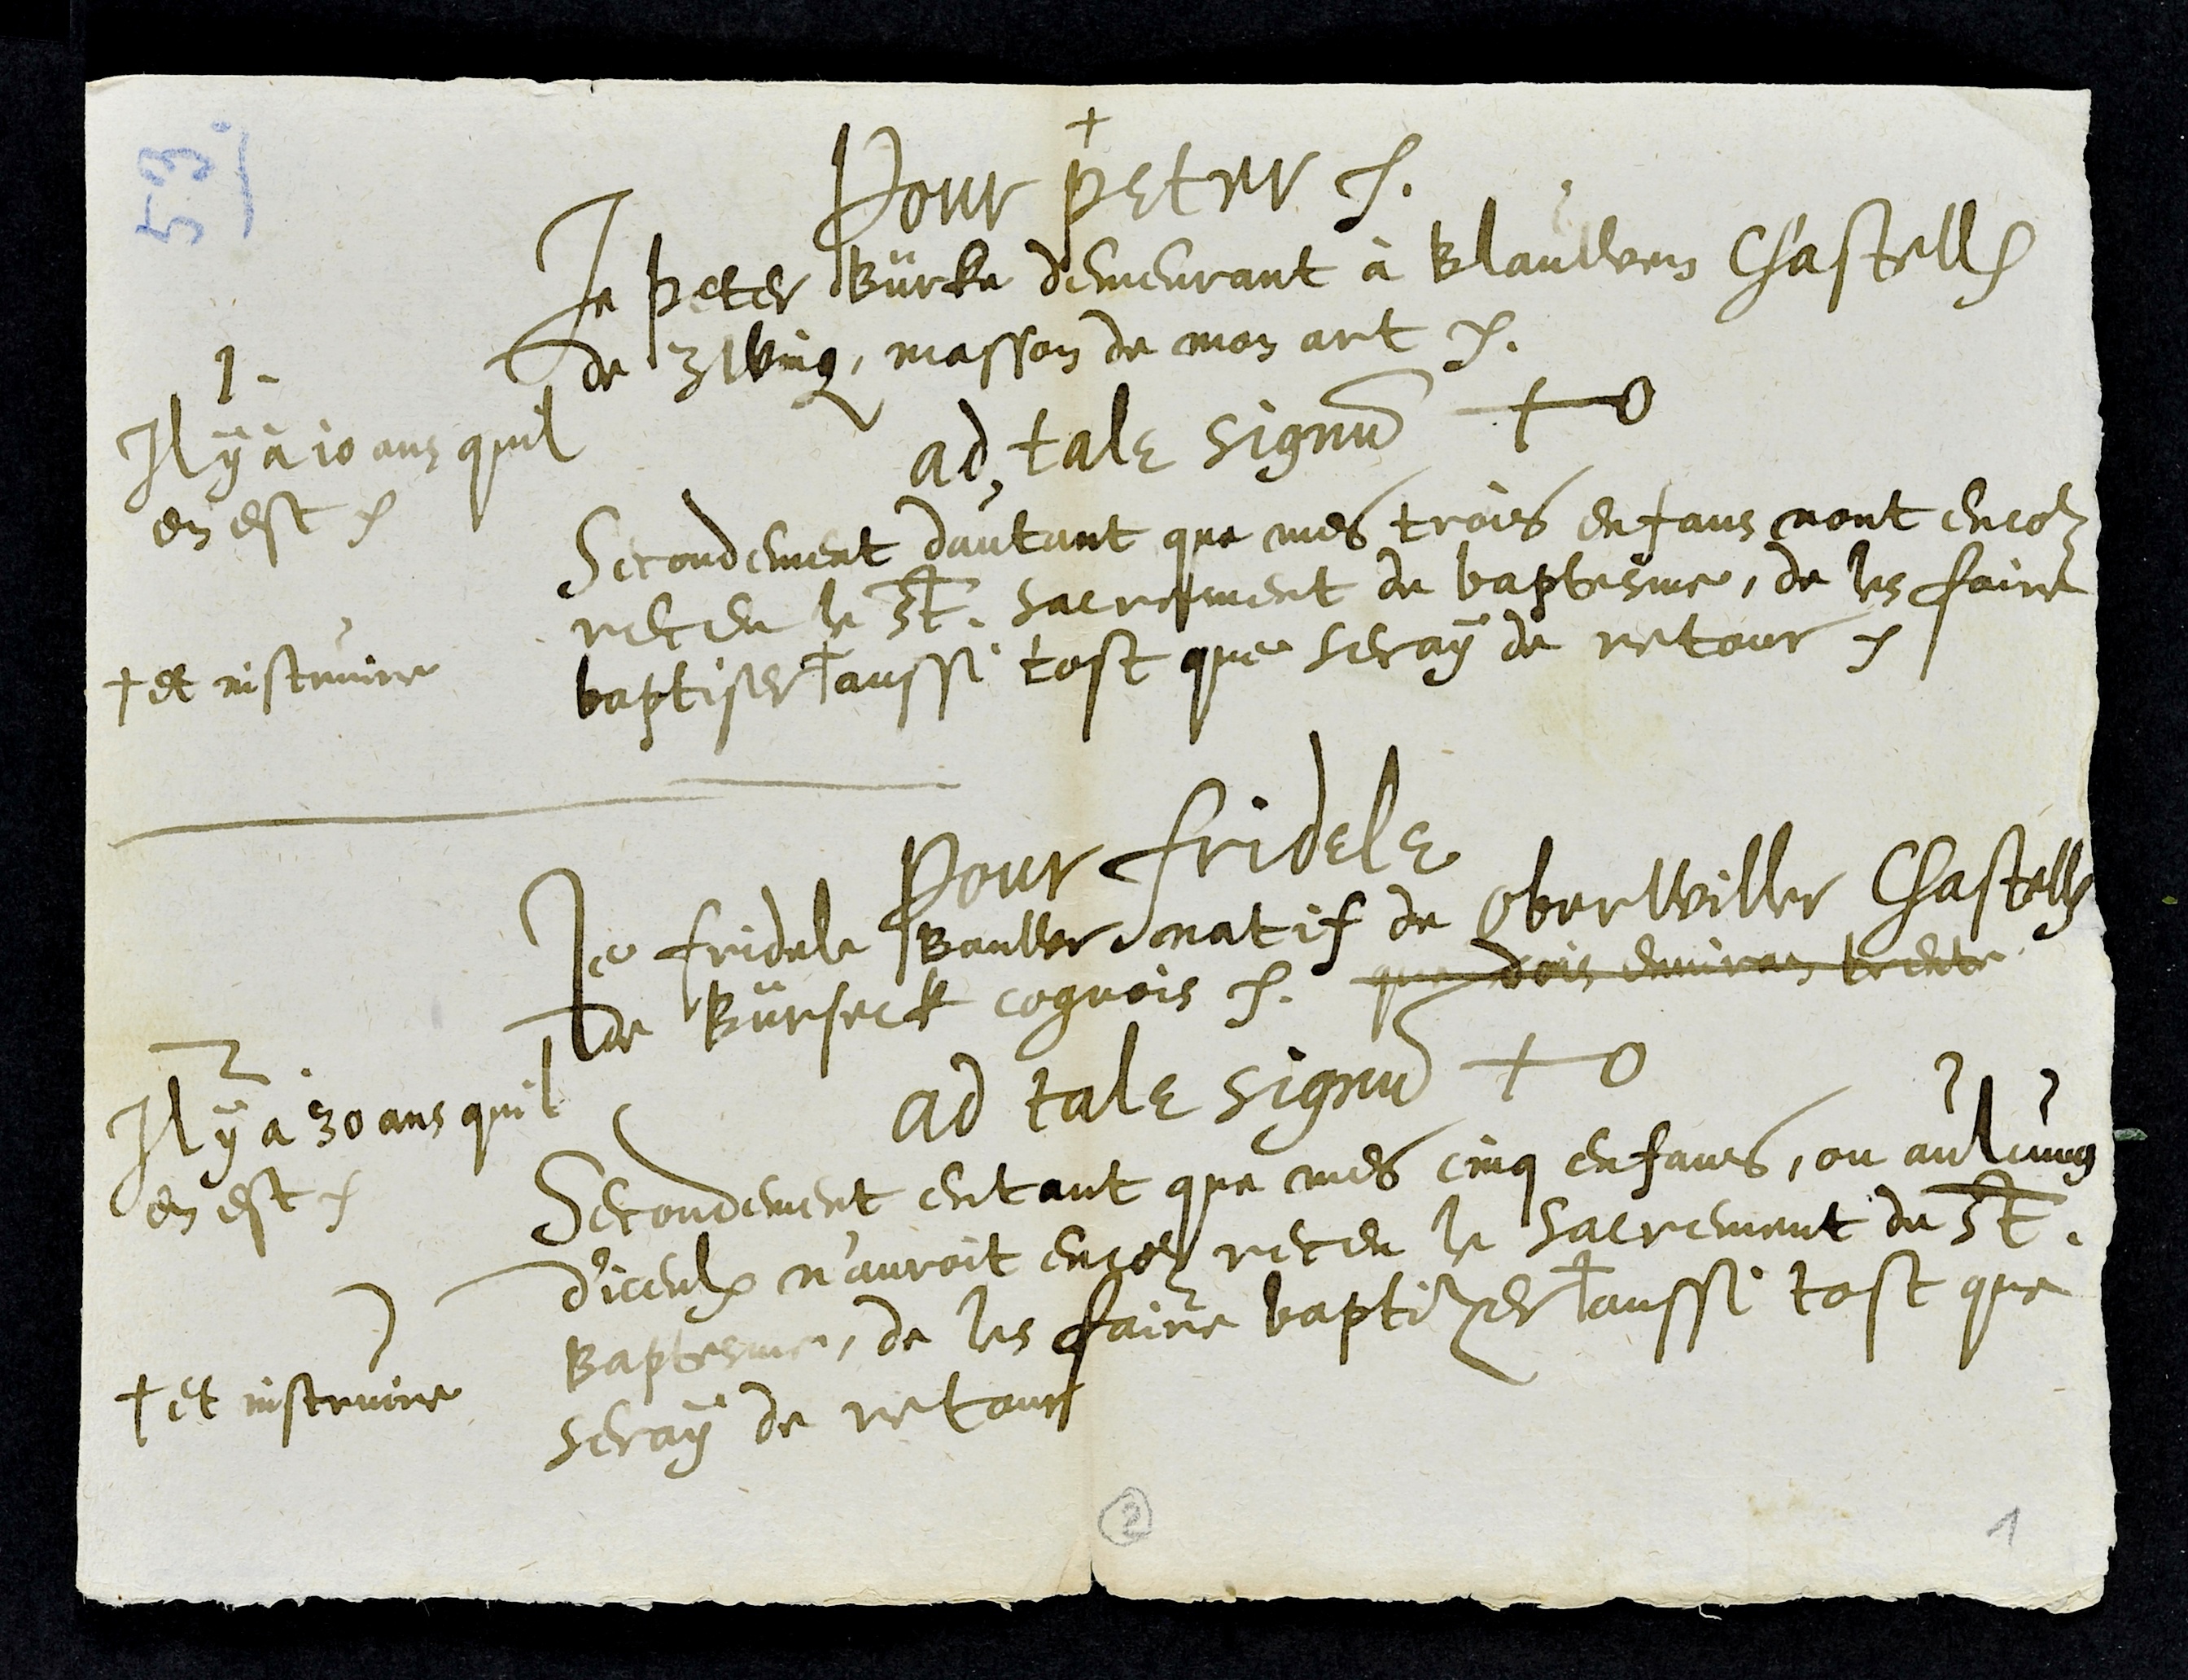
+
1
Il y a 10 ans quil

en est

Pour Peter etc

Je Peter Bürke demeurant à Blauwen Chastell
de Zwingen, masson de mon art etc.

ad tale signum #

Secondement dautant que mes trois enfans nont encour

receu le St. sacrement de baptesme, de les faire

baptiser +
+ et instruire

aussi tost que seray de retour etc
2
Il y a 30 ans quil

en est

Pour Fridele

Je Fridele Bauwr natif de Oberwiller Chastell
de Bürseck cognois etc que dois environ trente
ad tale signum #

Secondement entant que mes cinq enfans ou aulcung

d'iceulx n'auroit encor receu le sacrement du St.

Baptesme, de les faire baptizer +
+ et instruire

aussi tost que
seray de retour

2
1